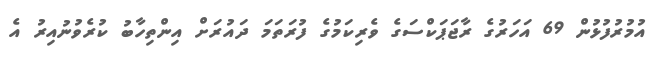
އުމުރުފުޅުން 69 އަހަރުގެ ރާޖަޕަކްސަގެ ވެރިކަމުގެ ފުރަތަމަ ދައުރަށް އިންތިހާބު ކުރެވުނުއިރު އެ